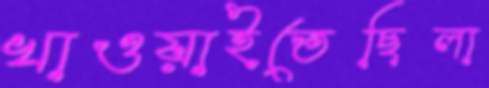
খাওয়াইতেছিলা